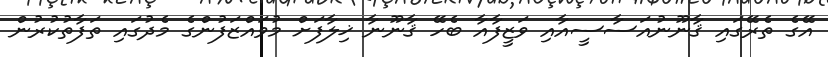
އޭގެ ތެރޭގައި ޤާނޫނުއަސާސީއާއި ވަޒީފާއާ ބެހޭ ޤާނޫނާ ޚިލާފަށް މުވައްޒަފުންގެ މެދުގައި ތަފާތުކުރުން